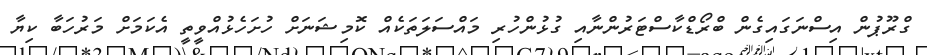
ގްރޫޕުން އިސްނަގައިގެން ބްރޯޑްކާސްޓަރުންނާއި ގުޅުންހުރި މައްސަލަތަކެއް ކޮމިޝަނަށް ހުށަހެޅުއްވީތީ އެކަމަށް މަރުހަބާ ކިޔާ